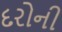
દરોની